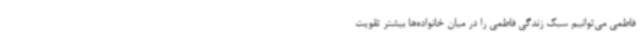
فاطمی می‌توانیم سبک زندگی فاطمی را در میان خانواده‌ها بیشتر تقویت